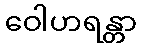
ဝေါဟရန္တာ